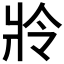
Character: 𤕵